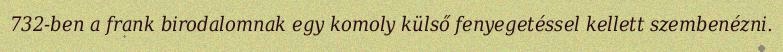
732-ben a frank birodalomnak egy komoly külső fenyegetéssel kellett szembenézni.